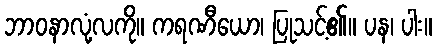
ဘာဝနာလုံ့လကို။ ကရဏီယော၊ ပြုသင့်၏။ ပန၊ ပါး။